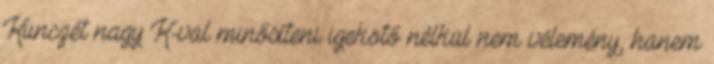
Kunczét nagy K-val minősíteni igekötő nélkül nem vélemény, hanem